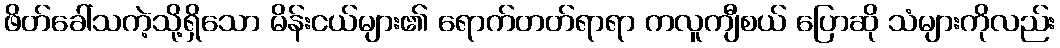
ဖိတ်ခေါ်သကဲ့သို့ရှိသော မိန်းငယ်များ၏ ရောက်တတ်ရာရာ ကလူကျီစယ် ပြောဆို သံများကိုလည်း